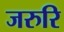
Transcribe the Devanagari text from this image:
जरुरि